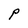
Character: P